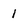
Character: 1